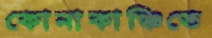
কোনাকাঞ্চিতে